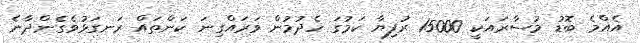
އެއްމެ ބޮޑު މުސާރައަކީ 15000 ރުފިޔާ ކަމުގަ ހެދުމުން ވަރައްގިނަ ކަންތައް ރަނގަޅުވެގެންދާނެ